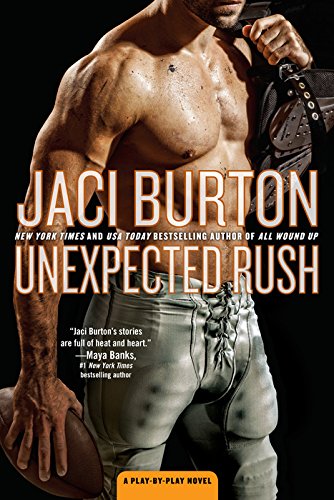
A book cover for Unexpected Rush: A Play-by-Play Novel; Jaci Burton; Romance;